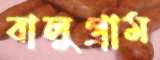
বালুগ্রাম